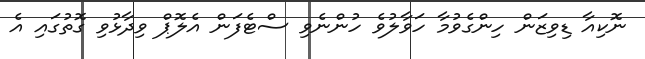
ނޮކިއާ ޑިވިޒަން ހިންގެވުމާ ހަވާލުވެ ހުންނެވި ސްޓެފަން އެލޮޕް ވިދާޅުވި ގޮތުގައި އެ